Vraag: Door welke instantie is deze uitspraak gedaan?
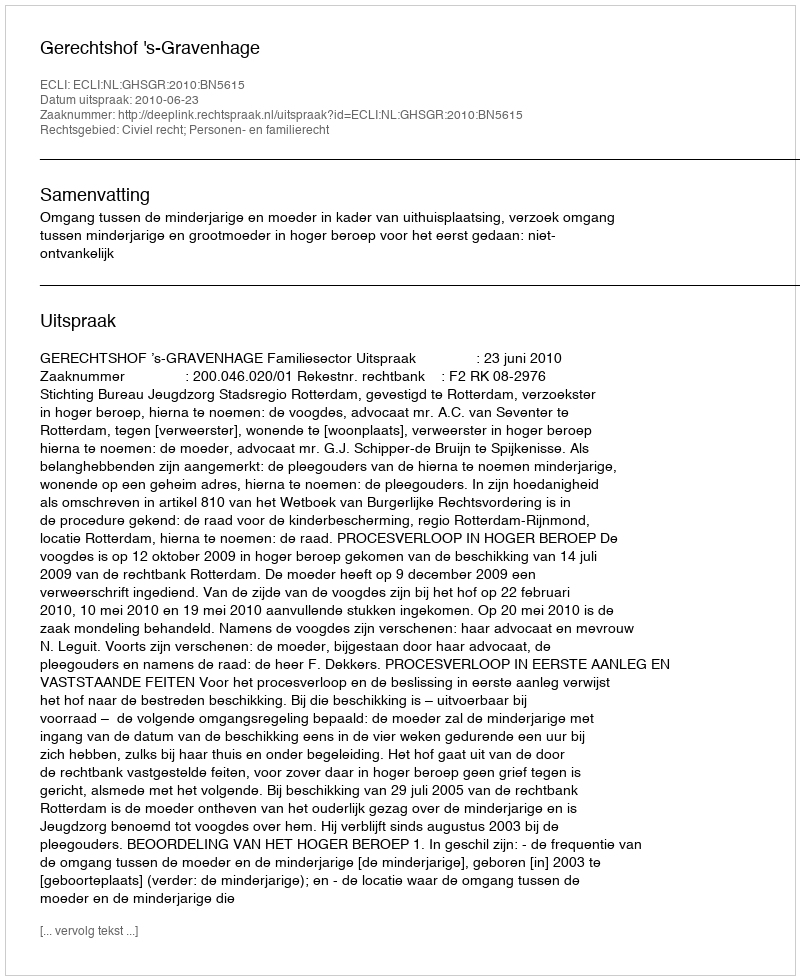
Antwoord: Gerechtshof 's-Gravenhage